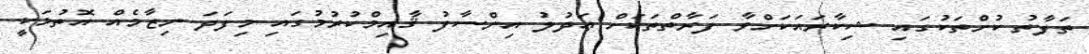
ތަފާތު ކުށްތަކުގައި ޝިކާރައަކަށްވާ ފަރާތްތަކަށް ޢަދުލު އިންސާފު ޤާއިމްކުރުމުގައި މިފަދަ ނިޒާމެއް އޮތުމަކީ